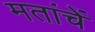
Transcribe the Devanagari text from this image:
मतांचें